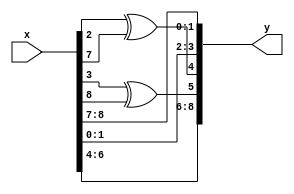
module rsdec_chien_scale2_1 (y, x);
	input [8:0] x;
	output [8:0] y;
	reg [8:0] y;
	always @ (x)
	begin
		y[0] = x[7];
		y[1] = x[8];
		y[2] = x[0];
		y[3] = x[1];
		y[4] = x[2] ^ x[7];
		y[5] = x[3] ^ x[8];
		y[6] = x[4];
		y[7] = x[5];
		y[8] = x[6];
	end
endmodule